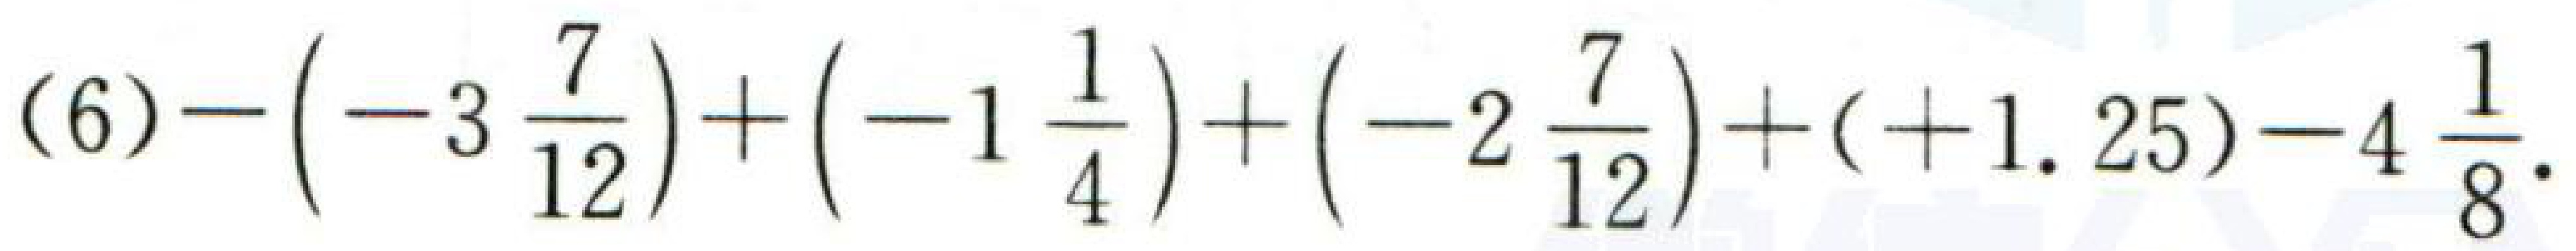
\((6)-\left(-3\frac{7}{12}\right)+\left(-1\frac{1}{4}\right)+\left(-2\frac{7}{12}\right)+( + 1.25)-4\frac{1}{8}\)